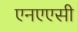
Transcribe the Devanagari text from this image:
एनएएसी